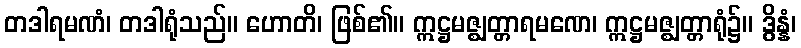
တဒါရမဏံ၊ တဒါရုံသည်။ ဟောတိ၊ ဖြစ်၏။ ဣဋ္ဌမဇ္ဈတ္တာရမဏေ၊ ဣဋ္ဌမဇ္ဈတ္တာရုံ၌။ ဒွိန္နံ၊